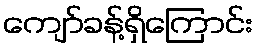
ကျော်ခန့်ရှိကြောင်း